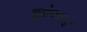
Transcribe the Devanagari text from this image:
ख्रुश्चेव्हकडे